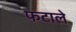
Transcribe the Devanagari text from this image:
फटाले